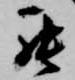
罷